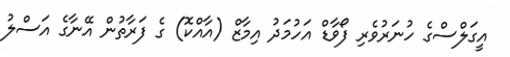
އީގަލްސްގެ ހުނަރުވެރި ފޯވާޑް އަހުމަދު އިމާޒް (އާއްކޮ) ގެ ފަރާތުން އޭނާގެ އަސްލު